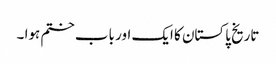
تاریخ پاکستان کا ایک اور باب ختم ہوا ۔